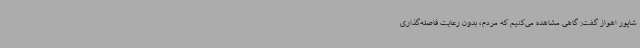
شاپور اهواز گفت: گاهی مشاهده می‌کنیم که مردم، بدون رعایت فاصله‌گذاری